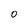
Character: 0